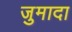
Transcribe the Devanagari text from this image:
जुमादा